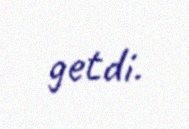
getdi.